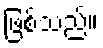
ဖြစ်သည်။